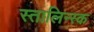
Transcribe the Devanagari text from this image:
स्तालिन्स्क